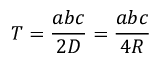
T = { \frac { a b c } { 2 D } } = { \frac { a b c } { 4 R } }